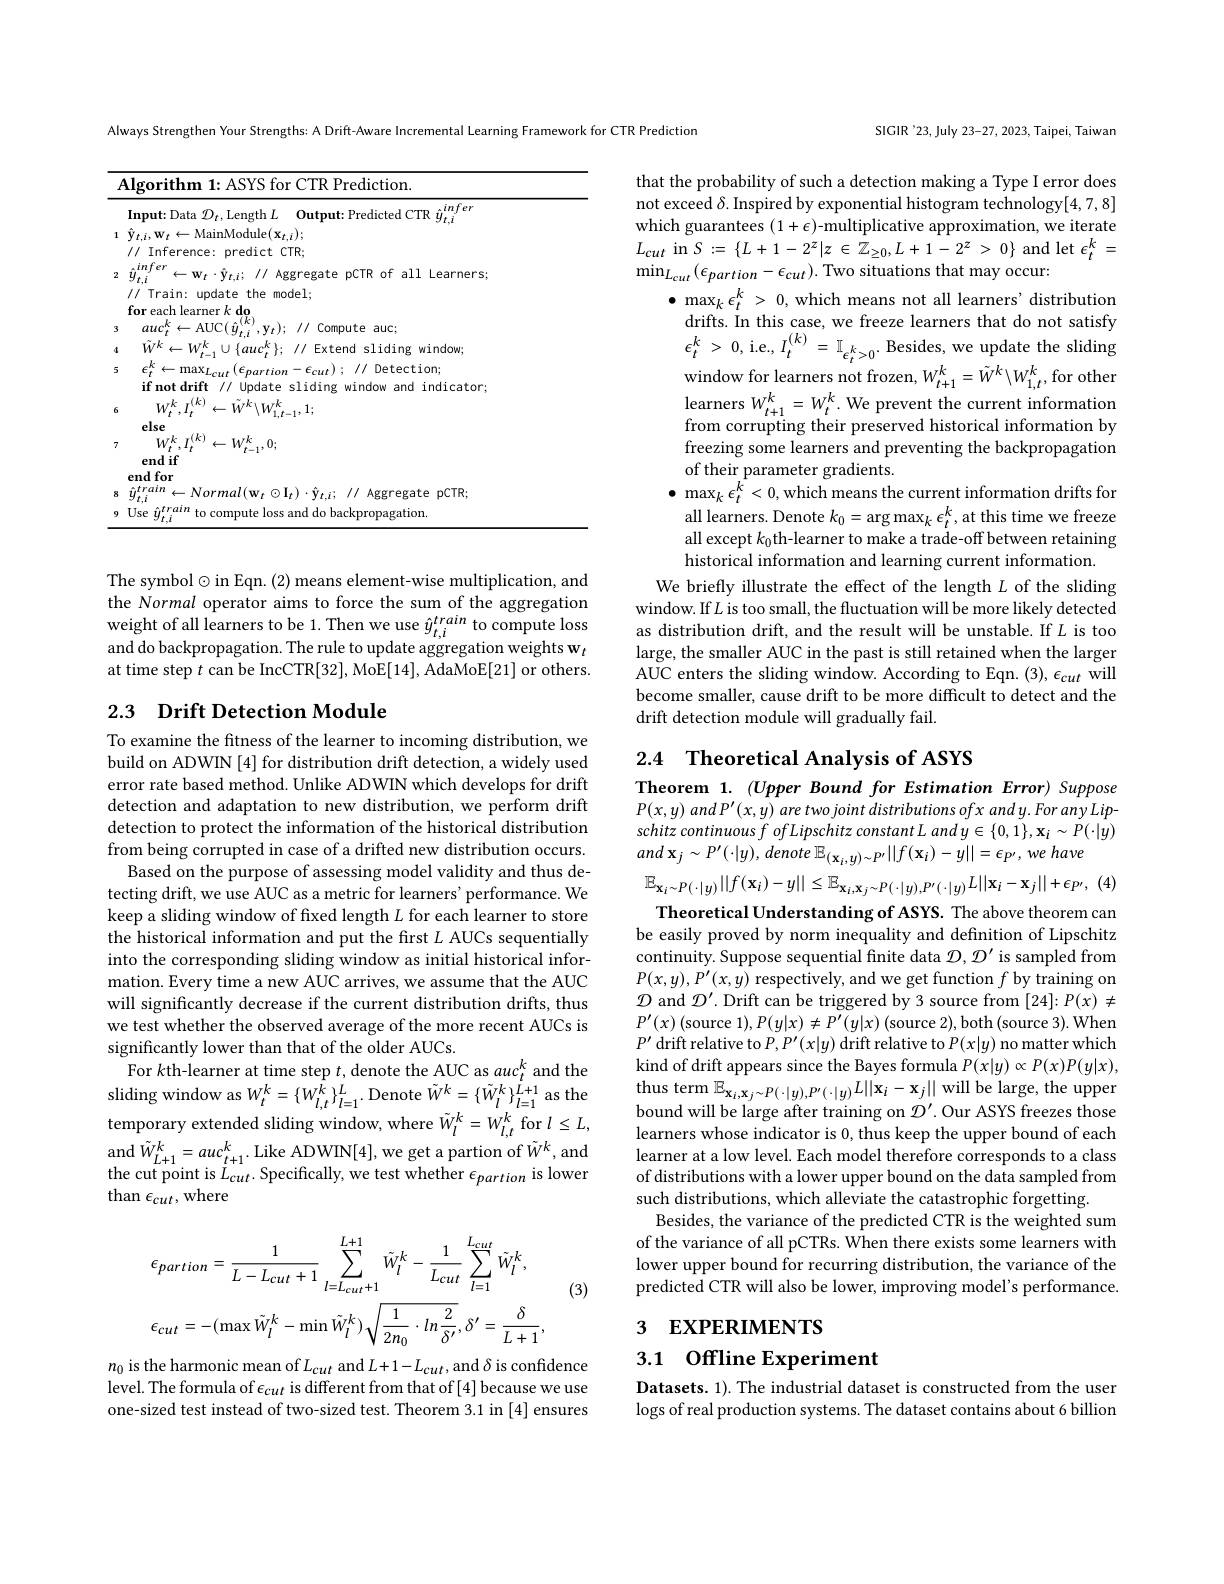
<table>
	<tbody>
		<tr>
			<td>$i$</td>
			<td>Prediction. $AI$ corithn $\Upsilon R$</td>
		</tr>
		<tr>
			<td> </td>
			<td>infer $\mathbf{Input:}$ Data 1 $0utput:$ icted {:}TR $\hat{y}_{t}$</td>
		</tr>
		<tr>
			<td>1</td>
			<td>$\hat{\mathbf{y}}_{t,i},\mathbf{w}_{t}\leftarrow$MainModule$(\mathbf{x}_t,i);$ // Inference: predict CTR; infer</td>
		</tr>
		<tr>
			<td>$\angle$</td>
			<td>1/ Aggl ega ste prin // Train: update the model; for each learner $k\textbf{ do}$</td>
		</tr>
		<tr>
			<td>3</td>
			<td>auc Compute $:auc;$</td>
		</tr>
		<tr>
			<td>$d$</td>
			<td>$Wk$ $L_{4}/K$ Fytenn sliding window;</td>
		</tr>
		<tr>
			<td>5</td>
			<td>$k$ $\leftarrow\max_{L_{cut}}\left(\epsilon_{partion}-\epsilon_{cut}\right);//$ Detection; $\textbf{if not drift}$ t // Update sliding window and indicator;</td>
		</tr>
		<tr>
			<td>6</td>
			<td>$I(k)$ $\leftarrow\tilde{W}^{k}\backslash W_{1,t-1}^{k},1;$ else Tilh</td>
		</tr>
		<tr>
			<td>7</td>
			<td>$W_{t}^{k},I_{t}^{(k)}$ $\leftarrow W_{*}^{k}$ $\underset{t=1}{\operatorname*{rk}},0;$ end if endfor</td>
		</tr>
		<tr>
			<td>8 9</td>
			<td>$\eta_{t,i}^{train}\leftarrow$Norma$l(\mathbf{w}_{t}\odot\mathbf{I}_{t})\cdot\hat{\mathbf{y}}_{t,i};//$Aggregate pCTR; $j_{t,i}^{train}$ to compute loss and do backpropagation. Use</td>
		</tr>
	</tbody>
</table>

The symbol$\odot$in Eqn.(2) means element-wise multiplication, and the Normal operator aims to force the sum of the aggregation weight of all learners to be 1. Then we use $\hat{y} _{t, i}^{train}$ to compute loss $\text{and do backpropagation. The rule to update aggregation weights w}_{t}$ at time step $t$ can be IncCTR[32], MoE[14], AdaMoE[21] or others.

## 2.3 Drift Detection Module

To examine the fitness of the learner to incoming distribution, we build on ADWIN [4] for distribution drift detection, a widely used error rate based method. Unlike ADWIN which develops for drift detection and adaptation to new distribution, we perform drift detection to protect the information of the historical distribution from being corrupted in case of a drifted new distribution occurs.
Based on the purpose of assessing model validity and thus detecting drift, we use AUC as a metric for learners' performance. We keep a sliding window of fixed length $L$ for each learner to store the historical information and put the first $L$ AUCs sequentially into the corresponding sliding window as initial historical information. Every time a new AUC arrives, we assume that the AUC will significantly decrease if the current distribution drifts, thus we test whether the observed average of the more recent AUCs is significantly lower than that of the older AUCs.
For $k$th-learner at time step $t$,denote the AUC as $auc_t^k$ and the sliding window as $W_t^k=\{W_{l,t}^{\hat{k}}\}_{l=1}^{\dot{L}}.$ Denote $\tilde{W}^k=\{\tilde{W}_l^{k}\}_{l=1}^{\dot{L}+1}$ as the temporary extended sliding window, where $\tilde{W}_l^k=W_{l,t}^k$ for $l\leq L$, and $\tilde{W}_{L+1}^{k}=auc_{t+1}^{k}.$ Like ADWIN[4], we get a partion of $\tilde{W}^{k}$,and the cut point is $L_{cut}.$ Specifically, we test whether $\epsilon_{partion}$ is lower $\tan\epsilon_{cut}$,where

(3)
$$\epsilon_{partion}=\frac{1}{L-L_{cut}+1}\sum_{l=L_{cut}+1}^{L+1}\tilde{W}_{l}^{k}-\frac{1}{L_{cut}}\sum_{l=1}^{L_{cut}}\tilde{W}_{l}^{k},\\\epsilon_{cut}=-(\max\tilde{W}_{l}^{k}-\min\tilde{W}_{l}^{k})\sqrt{\frac{1}{2n_{0}}\cdot ln\frac{2}{\delta^{\prime}}},\delta^{\prime}=\frac{\delta}{L+1},$$
$n_{0}$ is the harmonic mean of$L_cut$ and $L+1-L_cut$,and $\delta$ is confidence level. The formula of $\epsilon_cut$ is different from that of [4] because we use one-sized test instead of two-sized test. Theorem 3.1 in [4] ensures

SIGIR'23, July 23-27, 2023, Taipei, Taiwan

Always Strengthen Your Strengths: A Drift-Aware Incremental Learning Framework for CTR Prediction

that the probability of such a detection making a Type I error does not exceed $\delta.$ Inspired by exponential histogram technology[4,7,8] which guarantees $(1+\epsilon)$-multiplicative approximation, we iterate $L_{cut}$ in $S:=\{L+1-2^{z}|z\in\mathbb{Z}_{\geq0},L+1-2^{z}>0\}$ and let $\epsilon_t^k=$ $\operatorname*{min}_{L_{cut}}(\epsilon_{partion}-\epsilon_{cut}).$ Two situations that may occur:
$\bullet\max_{k}\epsilon_{t}^{k}>0$,which means not all learners' distribution
drifts. In this case, we freeze learners that do not satisfy $\epsilon _{t}^{k}$ > 0,i.e$, I_t^{( k) }$ = $\mathbb{I} _{\epsilon _{t}^{k}> 0}.$Besides, we update the sliding window for learners not frozen, $W_{t+1}^k=\tilde{W}^k\backslash W_{1,t}^k$, for other $\operatorname*{learners}W_{t+1}^{k}=W_{t}^{k}.$We prevent the current information from corrupting their preserved historical information by freezing some learners and preventing the backpropagation of their parameter gradients.
$\bullet\max_{k}\epsilon_{t}^{k}<0$,which means the current information drifts for
all learners. Denote $k_0=\arg\max_k\epsilon_t^k$, at this time we freeze all except $k_0$th-learner to make a trade-off between retaining historical information and learning current information.
We briefly illustrate the effect of the length $L$ of the sliding window. If $L$ is too small, the fluctuation will be more likely detected as distribution drift, and the result will be unstable. If $L$ is too large, the smaller AUC in the past is still retained when the larger AUC enters the sliding window. According to Eqn. (3), $\epsilon_{cut}$ will become smaller, cause drift to be more difficult to detect and the drift detection module will gradually fail.

# 2.4 Theoretical Analysis of ASYS

Theorem 1. (Upper Bound for Estimation Error) Suppose $P(x,y)$ and P'$(x,y)$ are two joint distributions ofx and y. For any Lipschitz continuous fofLipschitz constant L and $y\in\{0,1\},\mathbf{x}_{i}\sim\dot{P}(\cdot|y)$ and $\mathbf{x} _{j}\sim P^{\prime }( \cdot | y) $, denote $\mathbb{E} _{( \mathbf{x} _{i}, y) \sim P^{\prime }}| | f( \mathbf{x} _{i}) - y| | = \epsilon _{P^{\prime }}$, $we$ have

$\mathbb{E} _{\mathbf{x} _{i}\sim P( \cdot | y) }| | f( \mathbf{x} _{i}) - y| | \leq \mathbb{E} _{\mathbf{x} _{i}, \mathbf{x} _{j}\sim P( \cdot | y) , P^{\prime }( \cdot | y) }L| | \mathbf{x} _{i}- \mathbf{x} _{j}| | + \epsilon _{P^{\prime }}$, (4) Theoretical Understanding of ASYS. The above theorem can
be easily proved by norm inequality and definition of Lipschitz continuity. Suppose sequential finite data $\mathcal{D},\mathcal{D}^\prime$ is sampled from $P(x,y),P^{\prime}(x,y)$ respectively, and we get function $f$ by training on $\mathcal{D}$ and $\mathcal{D}^\prime.$ Drift can be triggered by 3 source from $[24]:P(x)\neq$ $P^{\prime}(x)\left(\text{source }1\right),P(y|x)\neq P^{\prime}(y|x)\left(\text{source }2\right)$,both$\left(\text{source }3\right).$When $P^{\prime}$ drift relative to $P,P^\prime(x|y)$ drift relative to $P(x|y)$ no matter which kind of drift appears since the Bayes formula $P(x|y)\propto P(x)P(y|x)$, $\begin{array}{c}{\text{thus term }\mathbb{E}_{\mathbf{x}_{i},\mathbf{x}_{j}\sim P(\cdot|y),P^{\prime}(\cdot|y)}L||\mathbf{x}_{i}-\mathbf{x}_{j}||\mathrm{~will~be~large,~the~upper}}\\{\text{thus term }\mathbb{E}_{\mathbf{x}_{i},\mathbf{x}_{j}\sim P(\cdot|y),P^{\prime}(\cdot|y)}L||\mathbf{x}_{i}-\mathbf{x}_{j}||\mathrm{~will~be~large,~the~unpper}}\\{\text{co Acve }c}\end{array}$ bound will be large after training on $\mathcal{D}^\prime.$ Our ASYS freezes those learners whose indicator is 0, thus keep the upper bound of each learner at a low level. Each model therefore corresponds to a class of distributions with a lower upper bound on the data sampled from such distributions, which alleviate the catastrophic forgetting.
Besides, the variance of the predicted CTR is the weighted sum of the variance of all pCTRs. When there exists some learners with lower upper bound for recurring distribution, the variance of the predicted CTR will also be lower, improving model's performance.

## 3 EXPERIMENTS

3.1 Offline Experiment

Datasets. 1). The industrial dataset is constructed from the user logs of real production systems. The dataset contains about 6 billion